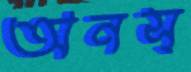
অনস্